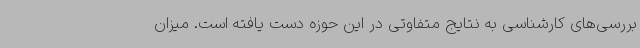
بررسی‌های کارشناسی به نتایج متفاوتی در این حوزه دست یافته است. میزان